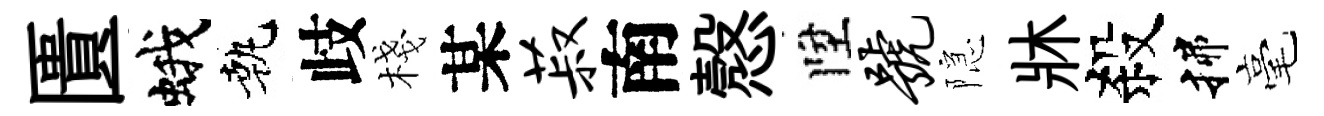
匱蛾執歧棧某菽南慤陞号隠牀殺揲毫